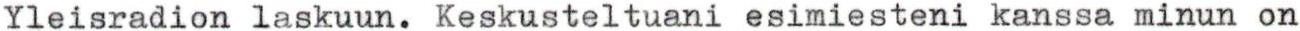
Yleisradion laskuun. Keskusteltuani esimiesteni kanssa minun on